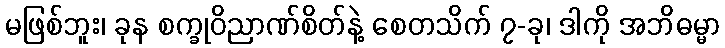
မဖြစ်ဘူး၊ ခုန စက္ခုဝိညာဏ်စိတ်နဲ့ စေတသိက် ၇-ခု၊ ဒါကို အဘိဓမ္မာ